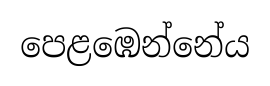
පෙළඹෙන්නේය